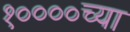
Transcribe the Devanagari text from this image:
१००००च्या